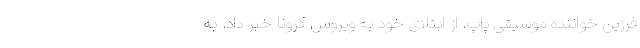
فرزین خواننده موسیقی پاپ، از ابتلای خود به ویروس کرونا خبر داد. به